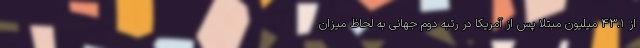
از ۴۳.۱ میلیون مبتلا پس از آمریکا در رتبه دوم جهانی به لحاظ میزان